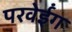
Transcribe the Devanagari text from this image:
परवेईंग